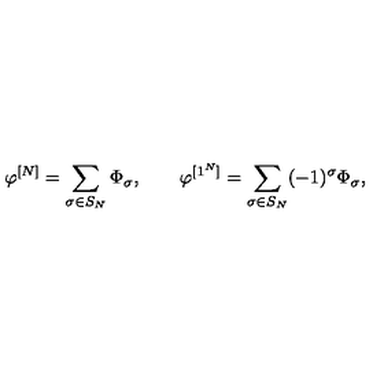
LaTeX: \varphi ^ { [ N ] } = \sum _ { \sigma \in S _ { N } } \Phi _ { \sigma } , \qquad \varphi ^ { [ 1 ^ { N } ] } = \sum _ { \sigma \in S _ { N } } ( - 1 ) ^ { \sigma } \Phi _ { \sigma } ,